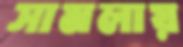
সামলায়